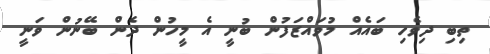
ތިބި ދިވެހި ބައެއް މުވައްޒަފުން ބުނީ އެ މީހުން ދެން ބޭނުން ވަނީ